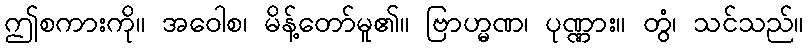
ဤစကားကို။ အဝေါစ၊ မိန့်တော်မူ၏။ ဗြာဟ္မဏ၊ ပုဏ္ဏား။ တွံ၊ သင်သည်။